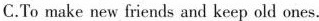
C.To make new friends and keep old ones.